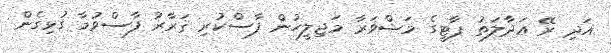
އަދި ރޭ ޢަދާލަތު ޕާޓީގެ މަޝްވަރާ މަޖިލީހުން ފާސްކުރި ޤަރާރު ފާސްވުމާ ގުޅިގެން